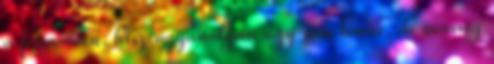
a formában, hisz ugyanolyan úgy sem lenne, de nemrég